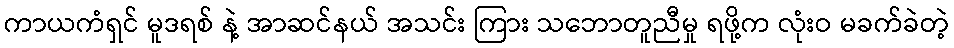
ကာယကံရှင် မူဒရစ် နဲ့ အာဆင်နယ် အသင်း ကြား သဘောတူညီမှု ရဖို့က လုံးဝ မခက်ခဲတဲ့